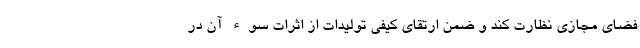
فضای مجازی نظارت کند و ضمن ارتقای کیفی تولیدات از اثرات سوء آن در